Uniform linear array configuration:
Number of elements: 4
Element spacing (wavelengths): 1
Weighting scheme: cosine
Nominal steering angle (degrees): -15
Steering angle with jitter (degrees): -15.19
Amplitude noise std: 0.05
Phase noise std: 0.05

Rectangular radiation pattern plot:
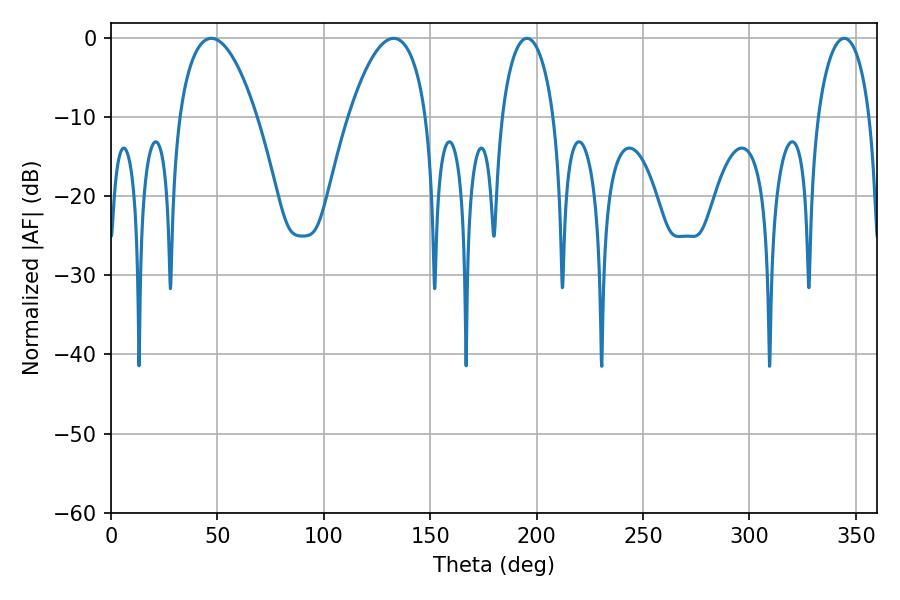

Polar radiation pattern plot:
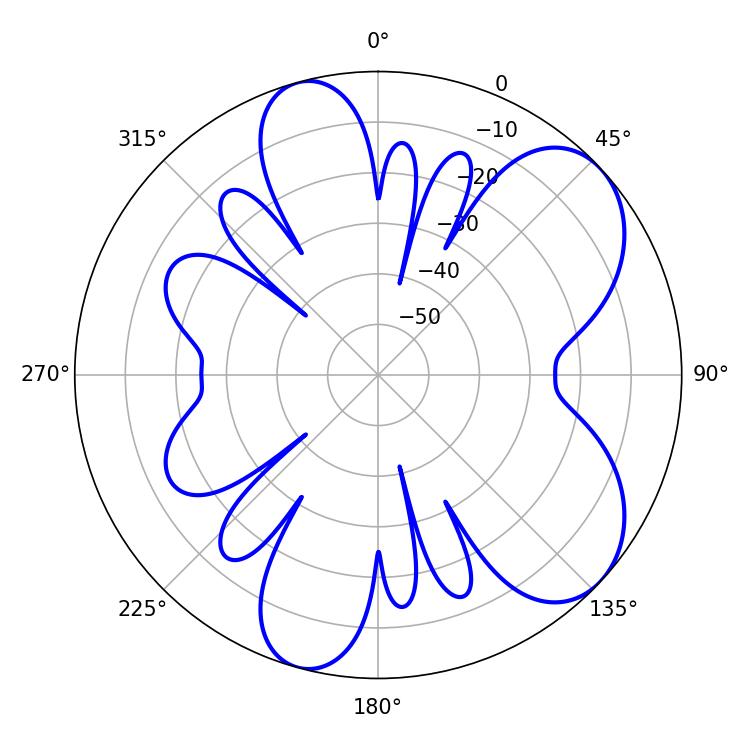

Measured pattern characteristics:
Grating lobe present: TRUE
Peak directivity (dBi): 6.963
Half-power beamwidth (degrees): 20.34
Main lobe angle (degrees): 47.16